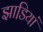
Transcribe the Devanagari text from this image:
झाडि़यां